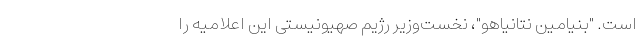
است. "بنیامین نتانیاهو"، نخست‌وزیر رژیم صهیونیستی این اعلامیه را